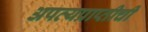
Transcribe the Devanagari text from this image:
अपत्यप्राप्तीची